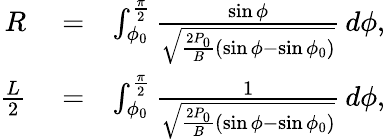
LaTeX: \begin{array}{rlr}{R}&{{}=}&{\int_{\phi_{0}}^{\frac{\pi}{2}}\frac{\sin\phi}{\sqrt{\frac{2P_{0}}{B}(\sin\phi-\sin\phi_{0})}}\, d\phi,}\\ {\frac{L}{2}}&{{}=}&{\int_{\phi_{0}}^{\frac{\pi}{2}}\frac{1}{\sqrt{\frac{2P_{0}}{B}(\sin\phi-\sin\phi_{0})}}\, d\phi,}\end{array}